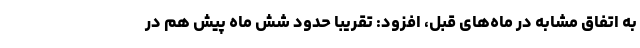
به اتفاق مشابه در ماه‌های قبل، افزود: تقریبا حدود شش ماه پیش هم در